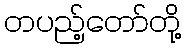
တပည့်တော်တို့